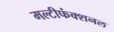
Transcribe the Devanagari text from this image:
मल्टीफंक्शनल